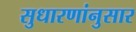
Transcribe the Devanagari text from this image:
सुधारणांनुसार